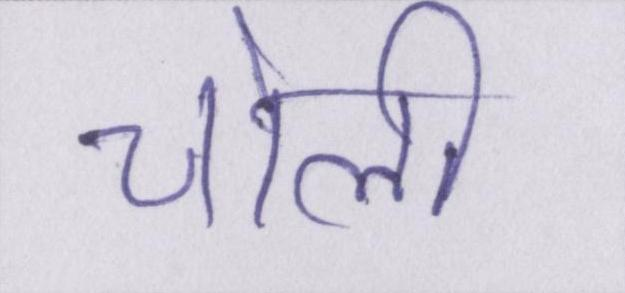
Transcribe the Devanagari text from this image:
चोली